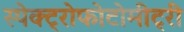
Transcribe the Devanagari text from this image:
स्पेक्ट्रोफोटोमीट्री